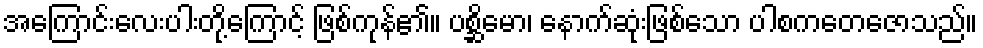
အကြောင်းလေးပါးတို့ကြောင့် ဖြစ်ကုန်၏။ ပစ္ဆိမော၊ နောက်ဆုံးဖြစ်သော ပါစကတေဇောသည်။